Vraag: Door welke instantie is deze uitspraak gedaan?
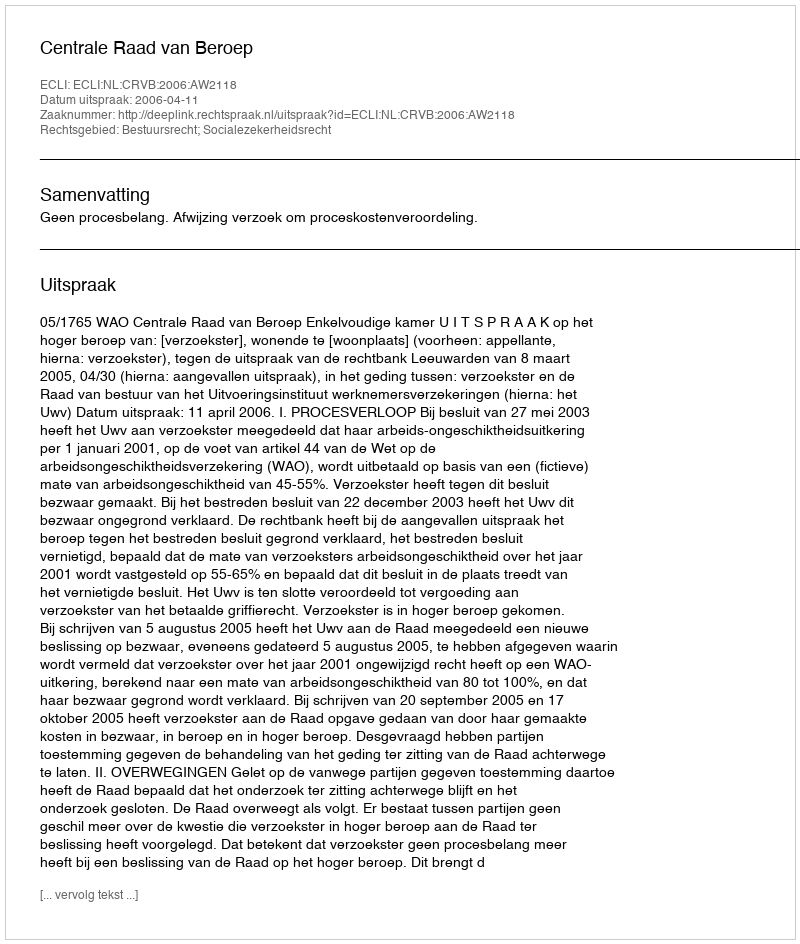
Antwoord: Centrale Raad van Beroep